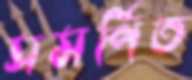
সমর্পিত